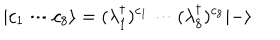
LaTeX: | c _ { 1 } \cdots c _ { 8 } \rangle = ( \lambda _ { 1 } ^ { \dagger } ) ^ { c _ { 1 } } \cdots ( \lambda _ { 8 } ^ { \dagger } ) ^ { c _ { 8 } } | - \rangle